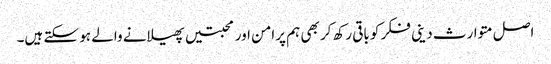
اصل متوارث دینی فکر کو باقی رکھ کر بھی ہم پرامن اور محبتیں پھیلانے والے ہو سکتے ہیں۔